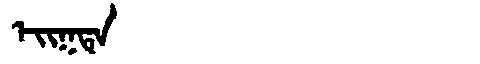
Manchu: ᡝᡳᡴᡨᡝ
Romanization: EIKTE